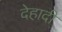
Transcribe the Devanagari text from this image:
देहादी